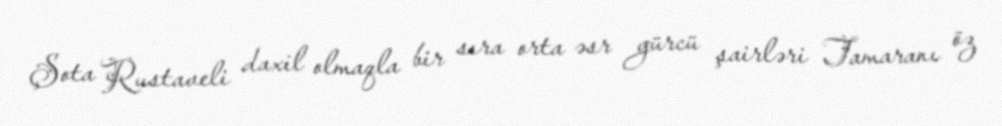
Şota Rustaveli daxil olmaqla bir sıra orta əsr gürcü şairləri Tamaranı öz